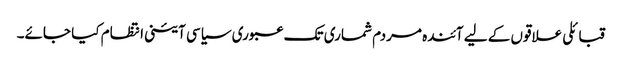
قبائلی علاقوں کے لیے آئندہ مردم شماری تک عبوری سیاسی آئینی انتظام کیا جائے۔